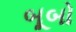
બૂબો